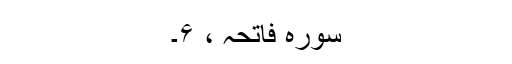
سورہ فاتحہ ، ۶۔